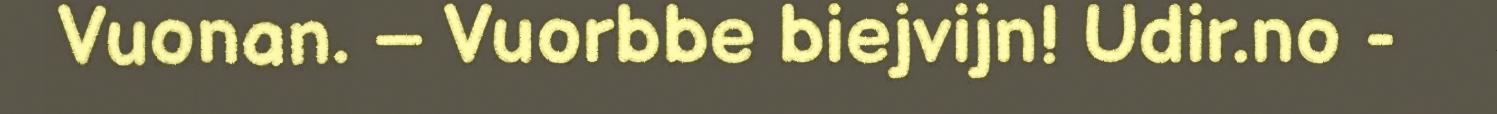
Vuonan. – Vuorbbe biejvijn! Udir.no -